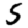
Digit: 5